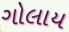
ગોલાય